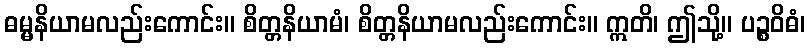
ဓမ္မနိယာမလည်းကောင်း။ စိတ္တနိယာမံ၊ စိတ္တနိယာမလည်းကောင်း။ ဣတိ၊ ဤသို့။ ပဉ္စဝိဓံ၊